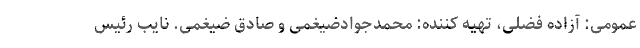
عمومی: آزاده فضلی، تهیه کننده: محمدجوادضیغمی و صادق ضیغمی. نایب رئیس